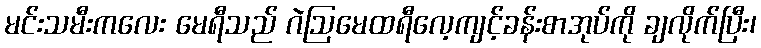
မင်းသမီးကလေး မေရီသည် ဂဲဩမေထရီလေ့ကျင့်ခန်းစာအုပ်ကို ချလိုက်ပြီး၊